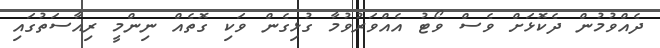
ދެއްވުމުން ދެކޮޅަށް ވެސް ވޯޓު އެއްވަރުވުމާ ގުޅިގެން ވަކި ގޮތެއް ނިންމީ ރިއާސަތުގައި